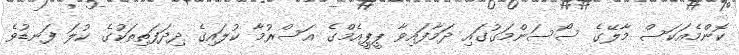
ކޮންމެއަކަސް މާލޭގެ ސޯސަންމަގުގައި ދަމާފައިވާ ޕީޕީއެމްގެ އަސްރުމާ ކުލައިގެ ދިދަފަތިތަކުގެ ކުލަ ފަނޑުވެ